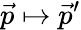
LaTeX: \vec{p}\mapsto\vec{p}^{\prime}